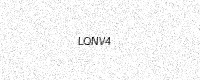
Text: LQNV4